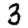
Digit: 3